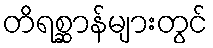
တိရစ္ဆာန်များတွင်